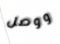
ووصل